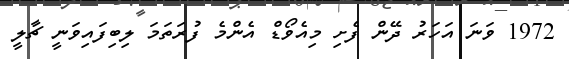
1972 ވަނަ އަހަރު ދޭން ފެށި މިއެވޯޑް އެންމެ ފުރަތަމަ ލިބިފައިވަނީ ޗާލީ